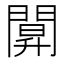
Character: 𨵒